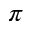
\pi